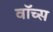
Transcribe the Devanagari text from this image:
वॉच्स